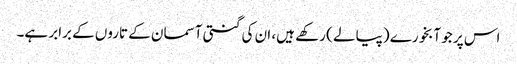
اس پر جو آبخورے (پیالے ) رکھے ہیں، ان کی گنتی آسمان کے تاروں کے برابر ہے۔